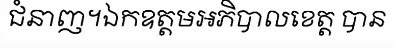
ជំនាញ។ឯកឧត្តមអភិបាលខេត្ត បាន